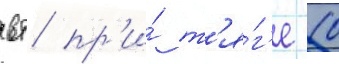
вт пр'и́ т'я́г'е 10